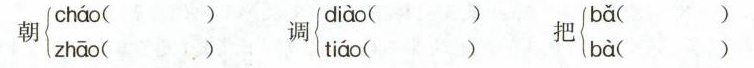
朝\left\{\begin{matrix}